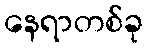
နေရာတစ်ခု